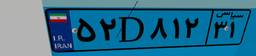
۴۵D۷۶۹۹۰